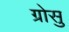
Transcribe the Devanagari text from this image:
ग्रोसु